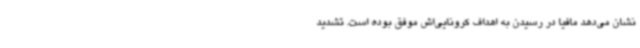
نشان می‌دهد مافیا در رسیدن به اهداف کرونایی‌اش موفق بوده‌ است. تشدید